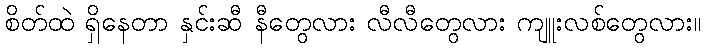
စိတ်ထဲ ရှိနေတာ နှင်းဆီ နီတွေလား လီလီတွေလား ကျူးလစ်တွေလား။